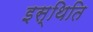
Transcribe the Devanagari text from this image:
इस्थिति